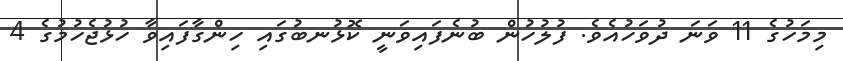
މިމަހުގެ 11 ވަނަ ދުވަހުއެވެ. ފުލުހުން ބުނެފައިވަނީ ކޮޅުނބުގައި ހިންގާފައިވާ ހުޅުޖެހުމުގެ 4